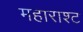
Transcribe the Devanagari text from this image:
महाराश्ट